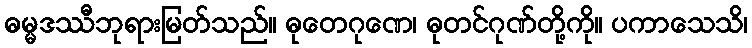
ဓမ္မဒဿီဘုရားမြတ်သည်။ ဓုတေဂုဏေ၊ ဓုတင်ဂုဏ်တို့ကို။ ပကာသေသိ၊